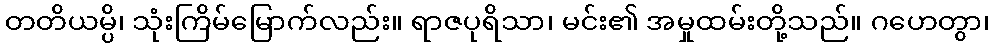
တတိယမ္ပိ၊ သုံးကြိမ်မြောက်လည်း။ ရာဇပုရိသာ၊ မင်း၏ အမှုထမ်းတို့သည်။ ဂဟေတွာ၊